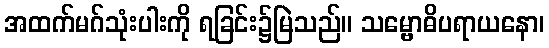
အထက်မဂ်သုံးပါးကို ရခြင်း၌မြဲသည်။ သမ္ဗောဓိပရာယနော၊